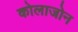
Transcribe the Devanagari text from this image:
कोलाजोन